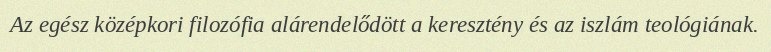
Az egész középkori filozófia alárendelődött a keresztény és az iszlám teológiának.